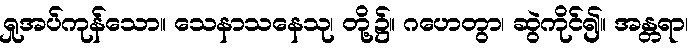
ရှုအပ်ကုန်သော။ သေနာသနေသု၊ တို့၌။ ဂဟေတွာ၊ ဆွဲကိုင်၍။ အန္တရာ၊